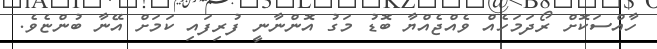
ހާއްސަކޮށް ރޯދަމަހެއް ވެއްޖެއްޔާ ބޮޑު މަގު އޮންނާނީ ފުރިފައި ކަމަށް އޭނާ ބުންޏެވެ.